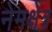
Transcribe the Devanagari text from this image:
नेमक्षेत्र